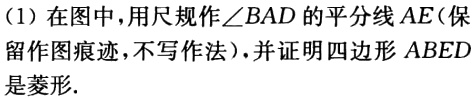
(1) 在图中，用尺规作\(\angle BAD\)的平分线\(AE\)(保留作图痕迹，不写作法)，并证明四边形\(ABED\)是菱形.